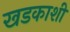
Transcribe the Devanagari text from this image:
खडकाशी